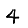
Digit: 4